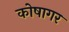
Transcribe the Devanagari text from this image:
कोषागर